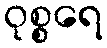
ဝုစ္စရေ